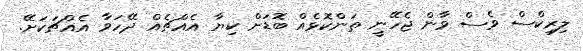
ލިރިކްސް ވެސް ވާން ޖެހޭނީ ތަންކޮޅެއް ބޮޑަށް ކިޔާ އެއްޗެއް ދޭހަވާ އެއްޗަކަށޭ.